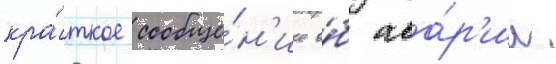
кра́ткое сообще́н'ие о́б ава́р'ии